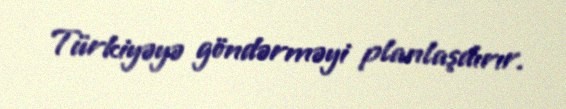
Türkiyəyə göndərməyi planlaşdırır.